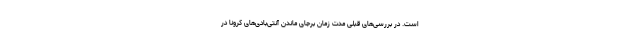
است. در بررسی‌های قبلی مدت زمان برجای ماندن آنتی‌بادی‌های کرونا در